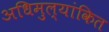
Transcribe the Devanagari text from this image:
अधिमुल्यांकित